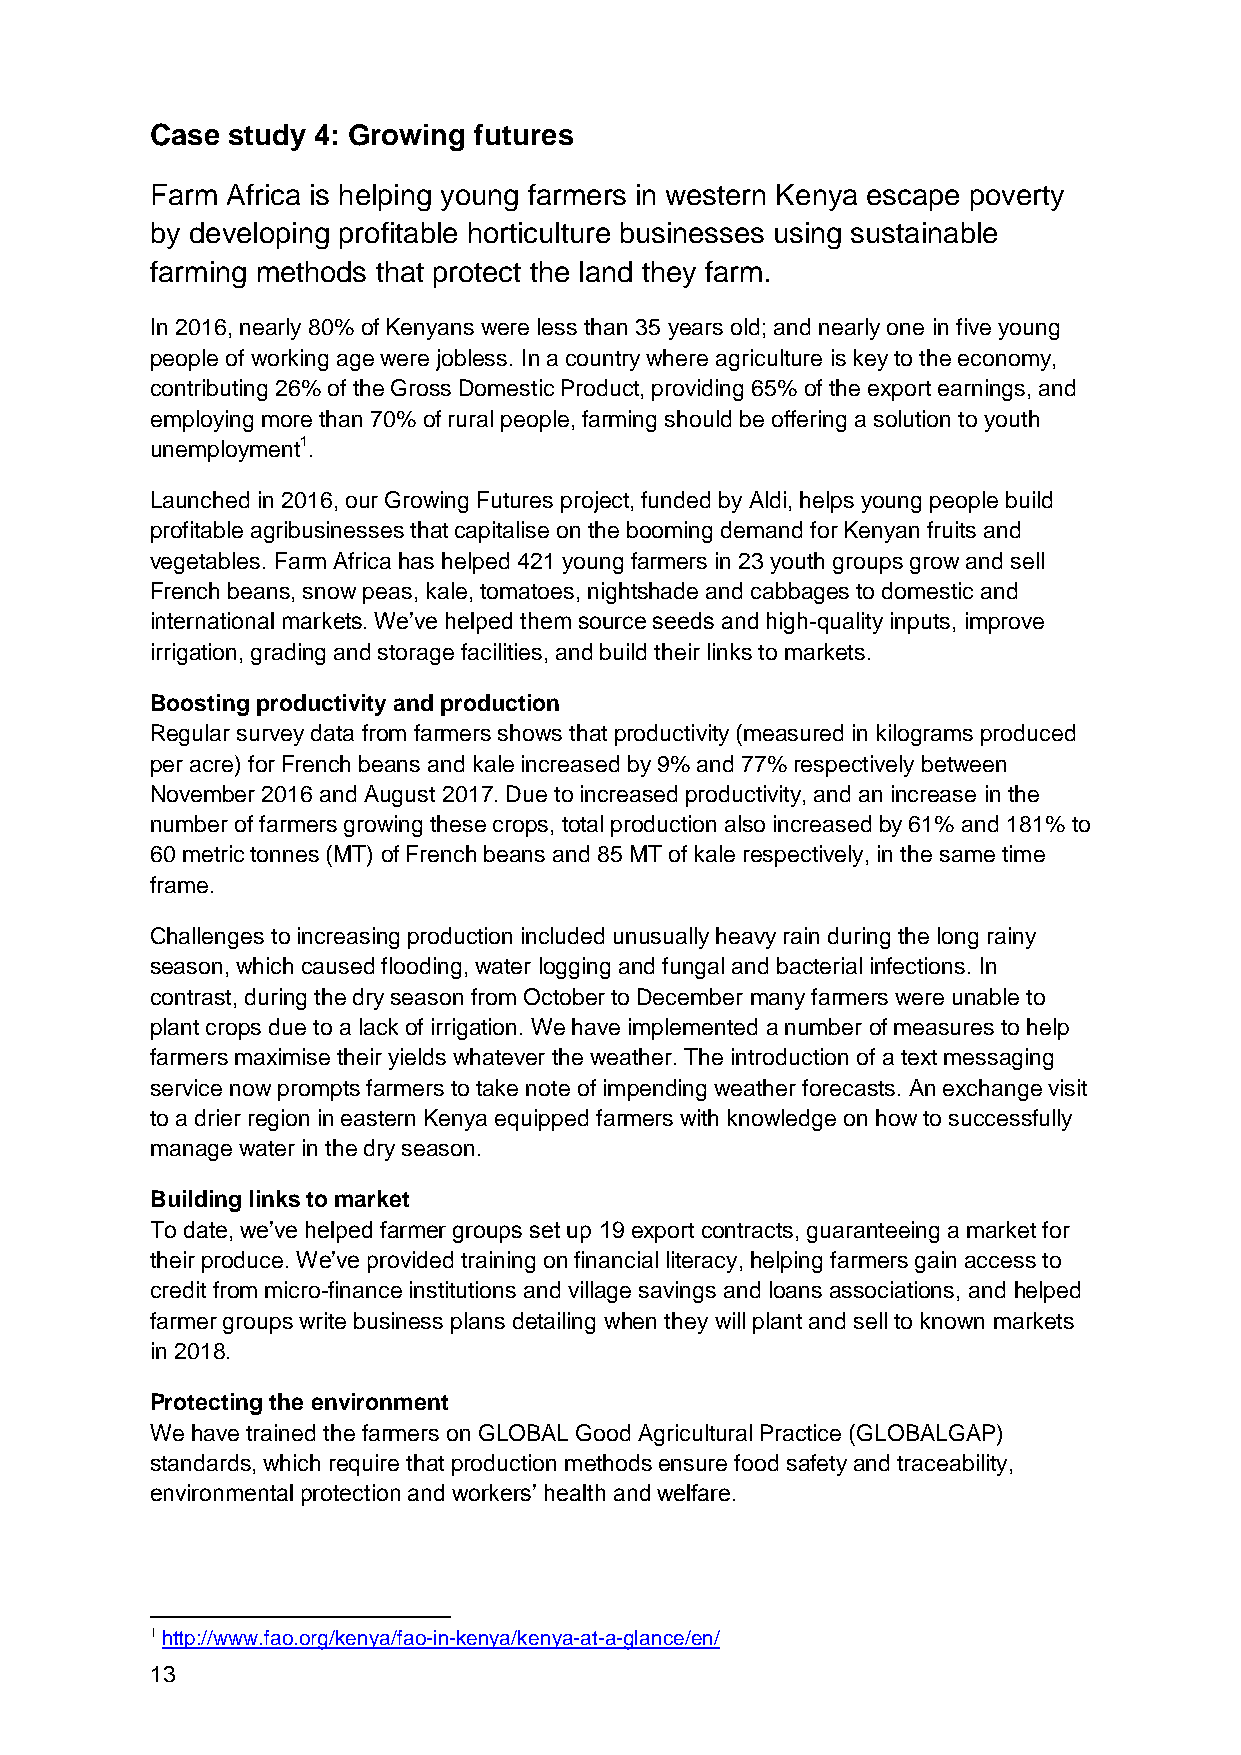
Case study 4: Growing futures
 Farm Africa is helping young farmers in western Kenya escape poverty
 by developing profitable horticulture businesses using sustainable
 farming methods that protect the land they farm.
 In 2016, nearly 80% of Kenyans were less than 35 years old; and nearly one in five young
 people of working age were jobless. In a country where agriculture is key to the economy,
 contributing 26% of the Gross Domestic Product, providing 65% of the export earnings, and
 employing more than 70% of rural people, farming should be offering a solution to youth
 unemployment1.
 Launched in 2016, our Growing Futures project, funded by Aldi, helps young people build
 profitable agribusinesses that capitalise on the booming demand for Kenyan fruits and
 vegetables. Farm Africa has helped 421 young farmers in 23 youth groups grow and sell
 French beans, snow peas, kale, tomatoes, nightshade and cabbages to domestic and
 international markets. We’ve helped them source seeds and high-quality inputs, improve
 irrigation, grading and storage facilities, and build their links to markets.
 Boosting productivity and production
 Regular survey data from farmers shows that productivity (measured in kilograms produced
 per acre) for French beans and kale increased by 9% and 77% respectively between
 November 2016 and August 2017. Due to increased productivity, and an increase in the
 number of farmers growing these crops, total production also increased by 61% and 181% to
 60 metric tonnes (MT) of French beans and 85 MT of kale respectively, in the same time
 frame.
 Challenges to increasing production included unusually heavy rain during the long rainy
 season, which caused flooding, water logging and fungal and bacterial infections. In
 contrast, during the dry season from October to December many farmers were unable to
 plant crops due to a lack of irrigation. We have implemented a number of measures to help
 farmers maximise their yields whatever the weather. The introduction of a text messaging
 service now prompts farmers to take note of impending weather forecasts. An exchange visit
 to a drier region in eastern Kenya equipped farmers with knowledge on how to successfully
 manage water in the dry season.
 Building links to market
 To date, we’ve helped farmer groups set up 19 export contracts, guaranteeing a market for
 their produce. We’ve provided training on financial literacy, helping farmers gain access to
 credit from micro-finance institutions and village savings and loans associations, and helped
 farmer groups write business plans detailing when they will plant and sell to known markets
 in 2018.
 Protecting the environment
 We have trained the farmers on GLOBAL Good Agricultural Practice (GLOBALGAP)
 standards, which require that production methods ensure food safety and traceability,
 environmental protection and workers’ health and welfare.
 1 http://www.fao.org/kenya/fao-in-kenya/kenya-at-a-glance/en/
 13